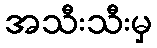
အသီးသီးမှ